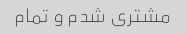
مشتری شدم و تمام